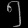
Digit: ၅